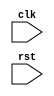
module apb_timing_control(
    input wire clk,
    input wire rst,
    // Add other input ports as needed

    // Add output ports for generating timing signals
    // and managing data transfers and control signals
);

    // Add code to generate clock signals
    always@(posedge clk) begin
        // Add code to generate clock signals
    end

    // Add code to generate reset signals
    always@(posedge clk or negedge rst) begin
        // Add code to generate reset signals
    end

    // Add code to manage data transfers and control signals
    // and ensure proper synchronization
    // This may involve using synchronization flip-flops,
    // delay elements, and clock domain crossing protocols

endmodule